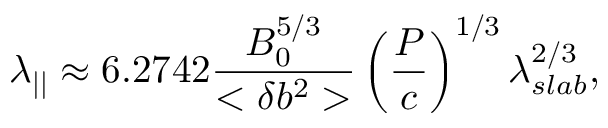
\lambda _ { | | } \approx 6 . 2 7 4 2 \frac { B _ { 0 } ^ { 5 / 3 } } { < \delta b ^ { 2 } > } \left( \frac { P } { c } \right) ^ { 1 / 3 } \lambda _ { s l a b } ^ { 2 / 3 } ,